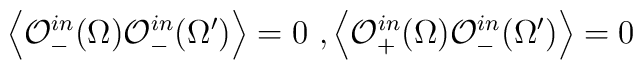
\left<\mathcal{O}^{in}_-(\Omega)\mathcal{O}^{in}_-(\Omega')\right>=0 \ ,\left<\mathcal{O}^{in}_+(\Omega)\mathcal{O}^{in}_-(\Omega')\right>=0